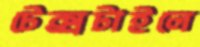
টেক্সটাইলে